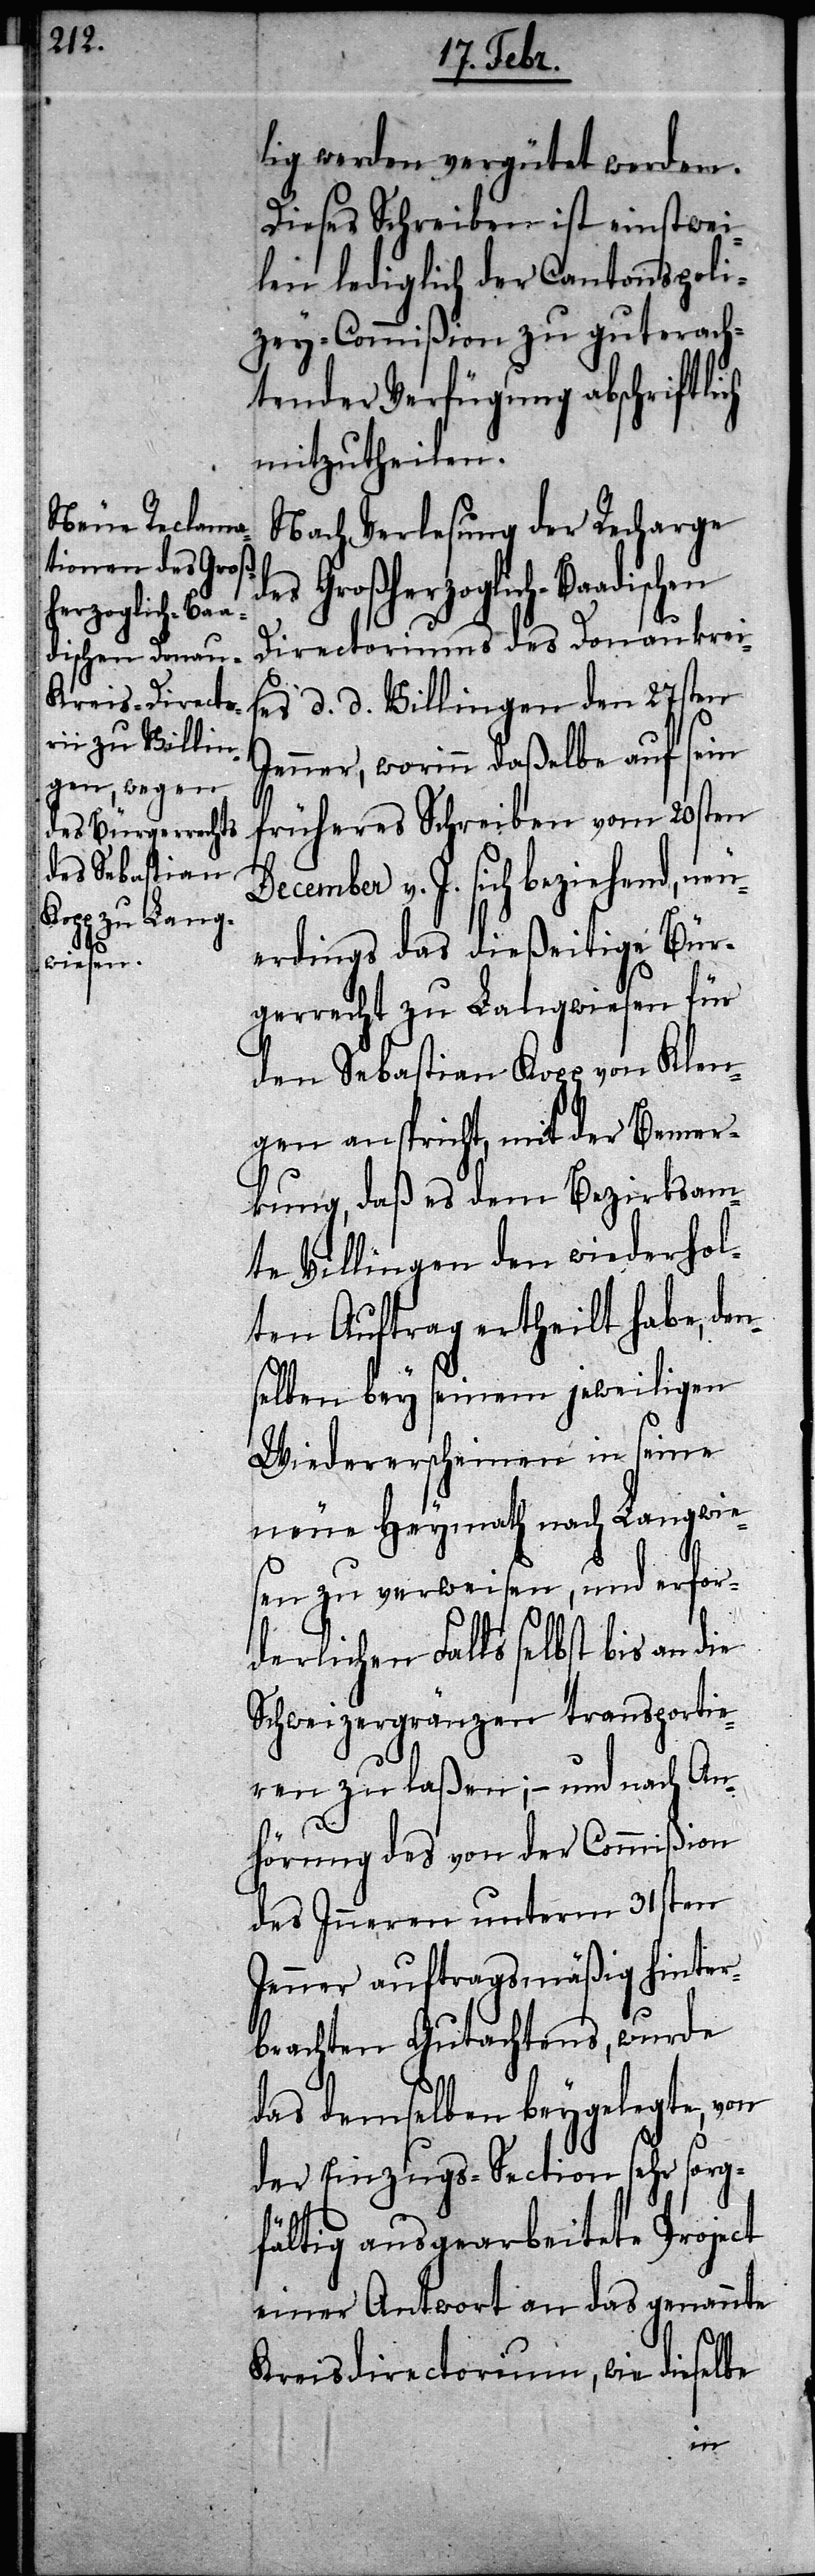
lig werden vergütet werden.
Dieses Schreiben ist einstwei¬
len lediglich der Cantonspoli¬
zey-Commißion zu guterach¬
tender Verfügung abschriftli¬
mitzutheilen.
Nach Verlesung der Recharge
ich-Baadischen
Directoriums des Donaukrei¬
ses d. d. Villingen den 27sten
Jenner, worinn daßelbe auf sein
früheres Schreiben vom 20sten
December v. J. sich beziehend, neu¬
erdings das dießeitige Bür¬
gerrecht zu Langwiesen für
den Sebastian Kopp von Klen¬
gen anspricht, mit der Bemer¬
kung, daß es dem Bezirksam¬
te Villingen den wiederhol¬
ten Auftrag ertheilt habe, den¬
selben bey seinem jeweiligen
Wiedererscheinen in seine
neue Heymath nach Langwie¬
sen zu verweisen, und erfor¬
derlichen Falls selbst bis an die
Schweizergränzen transportie¬
ren zu laßen; – und nach An¬
hörung des von der Commißion
des Inneren unterm 31sten
Jenner auftragsmäßig hinter¬
brachten Gutachtens, wurde
das demselben beygelegte, von
der Einzugs-Section sehr sorg¬
fältig ausgearbeitete Project
einer Antwort an das genannte
Kreisdirectorium, wie dieselbe
ch